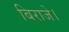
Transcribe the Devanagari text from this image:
बिराजे।